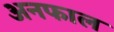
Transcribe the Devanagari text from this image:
अनफाल